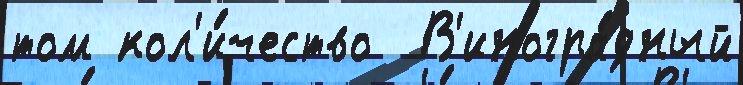
том кол'и́чество  В'иногра́дный